Indian journal of veterinary science and animal husbandry - Volume 8,
Year: 1938
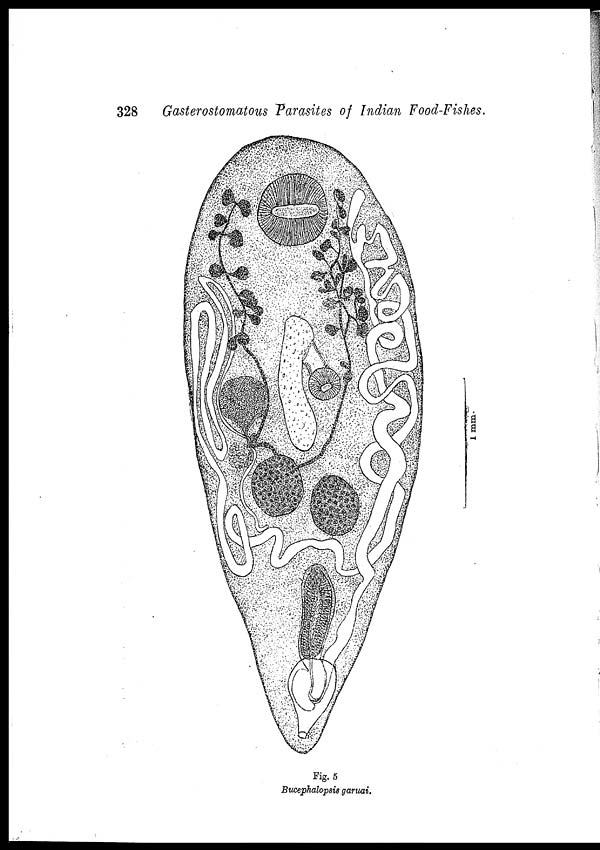
328 Gasterostomatous Parasites of Indian Food-Fishes.
Fig. 5
Bucephalopsis garuai.